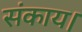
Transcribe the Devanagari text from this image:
संकाय।